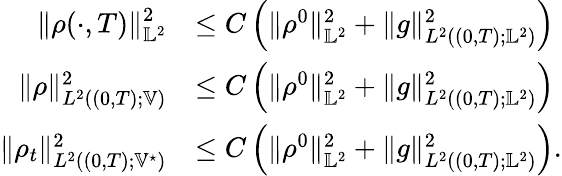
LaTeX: \begin{array}{rl}{\displaystyle\| \rho(\cdot,T)\| _{\mathbb{L}^{2}}^{2}}&{\leq C\left(\| \rho^{0}\| _{\mathbb{L}^{2}}^{2}+\| g\| _{L^{2}((0,T);\mathbb{L}^{2})}^{2}\right)}\\ {\| \rho\| _{L^{2}((0,T);\mathbb{V})}^{2}}&{\leq C\left(\| \rho^{0}\| _{\mathbb{L}^{2}}^{2}+\| g\| _{L^{2}((0,T);\mathbb{L}^{2})}^{2}\right)}\\ {\| \rho_{t}\| _{L^{2}((0,T);\mathbb{V}^{\star})}^{2}}&{\leq C\left(\| \rho^{0}\| _{\mathbb{L}^{2}}^{2}+\| g\| _{L^{2}((0,T);\mathbb{L}^{2})}^{2}\right).}\end{array}